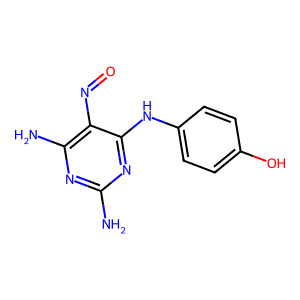
SMILES: Nc1nc(N)c(N=O)c(Nc2ccc(O)cc2)n1
Inhibits HIV replication: No